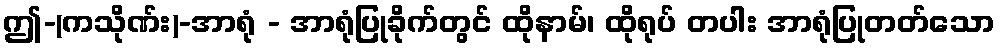
ဤ-(ကသိုဏ်း)-အာရုံ - အာရုံပြုခိုက်တွင် ထိုနာမ်၊ ထိုရုပ် တပါး အာရုံပြုတတ်သော